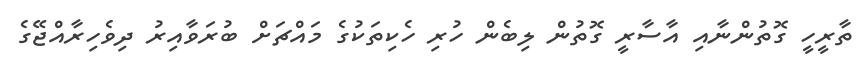
ތާރީހީ ގޮތުންނާއި އާސާރީ ގޮތުން ލިބެން ހުރި ހެކިތަކުގެ މައްޗަށް ބުރަވާއިރު ދިވެހިރާއްޖޭގެ